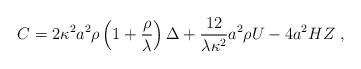
LaTeX: \begin{align*}C=2\kappa^{2}a^{2}\rho\left(1 + {\rho \over\lambda}\right)\Delta+{12\over \lambda\kappa^{2}} a^{2}\rho U -4a^{2} H Z\;,\end{align*}